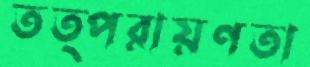
তত্পরায়ণতা